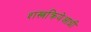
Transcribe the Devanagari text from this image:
शस्त्रक्रियेआधी